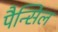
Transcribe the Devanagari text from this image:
पैन्सिल